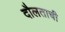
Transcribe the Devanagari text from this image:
दौलताची